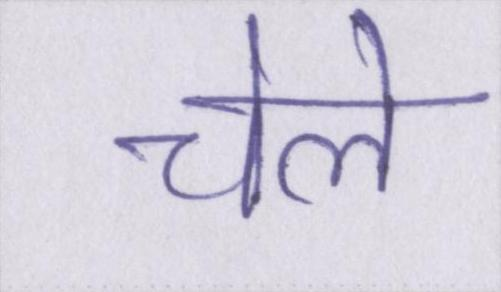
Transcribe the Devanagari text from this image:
चेले